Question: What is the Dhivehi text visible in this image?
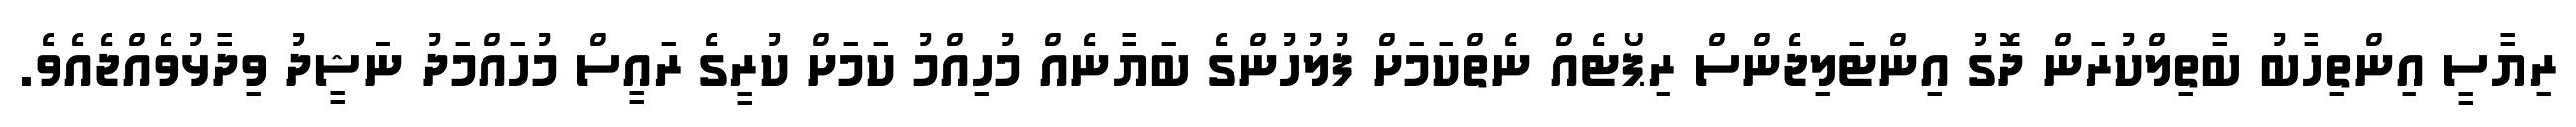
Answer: ރިޔާސީ އިންތިހާބު ބާތިލްކުރަން ދޮގު އިންޓަލިޖެންސް ރިޕޯޓެއް ނެތްކަމަށް ފުލުހުންގެ ބަޔާނެއް މުހިއްމު ކަމަށް ކުރީގެ ރައީސް މުހައްމަދު ނަޝީދު ވިދާޅުވެއްޖެއެވެ.